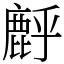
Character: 䴣